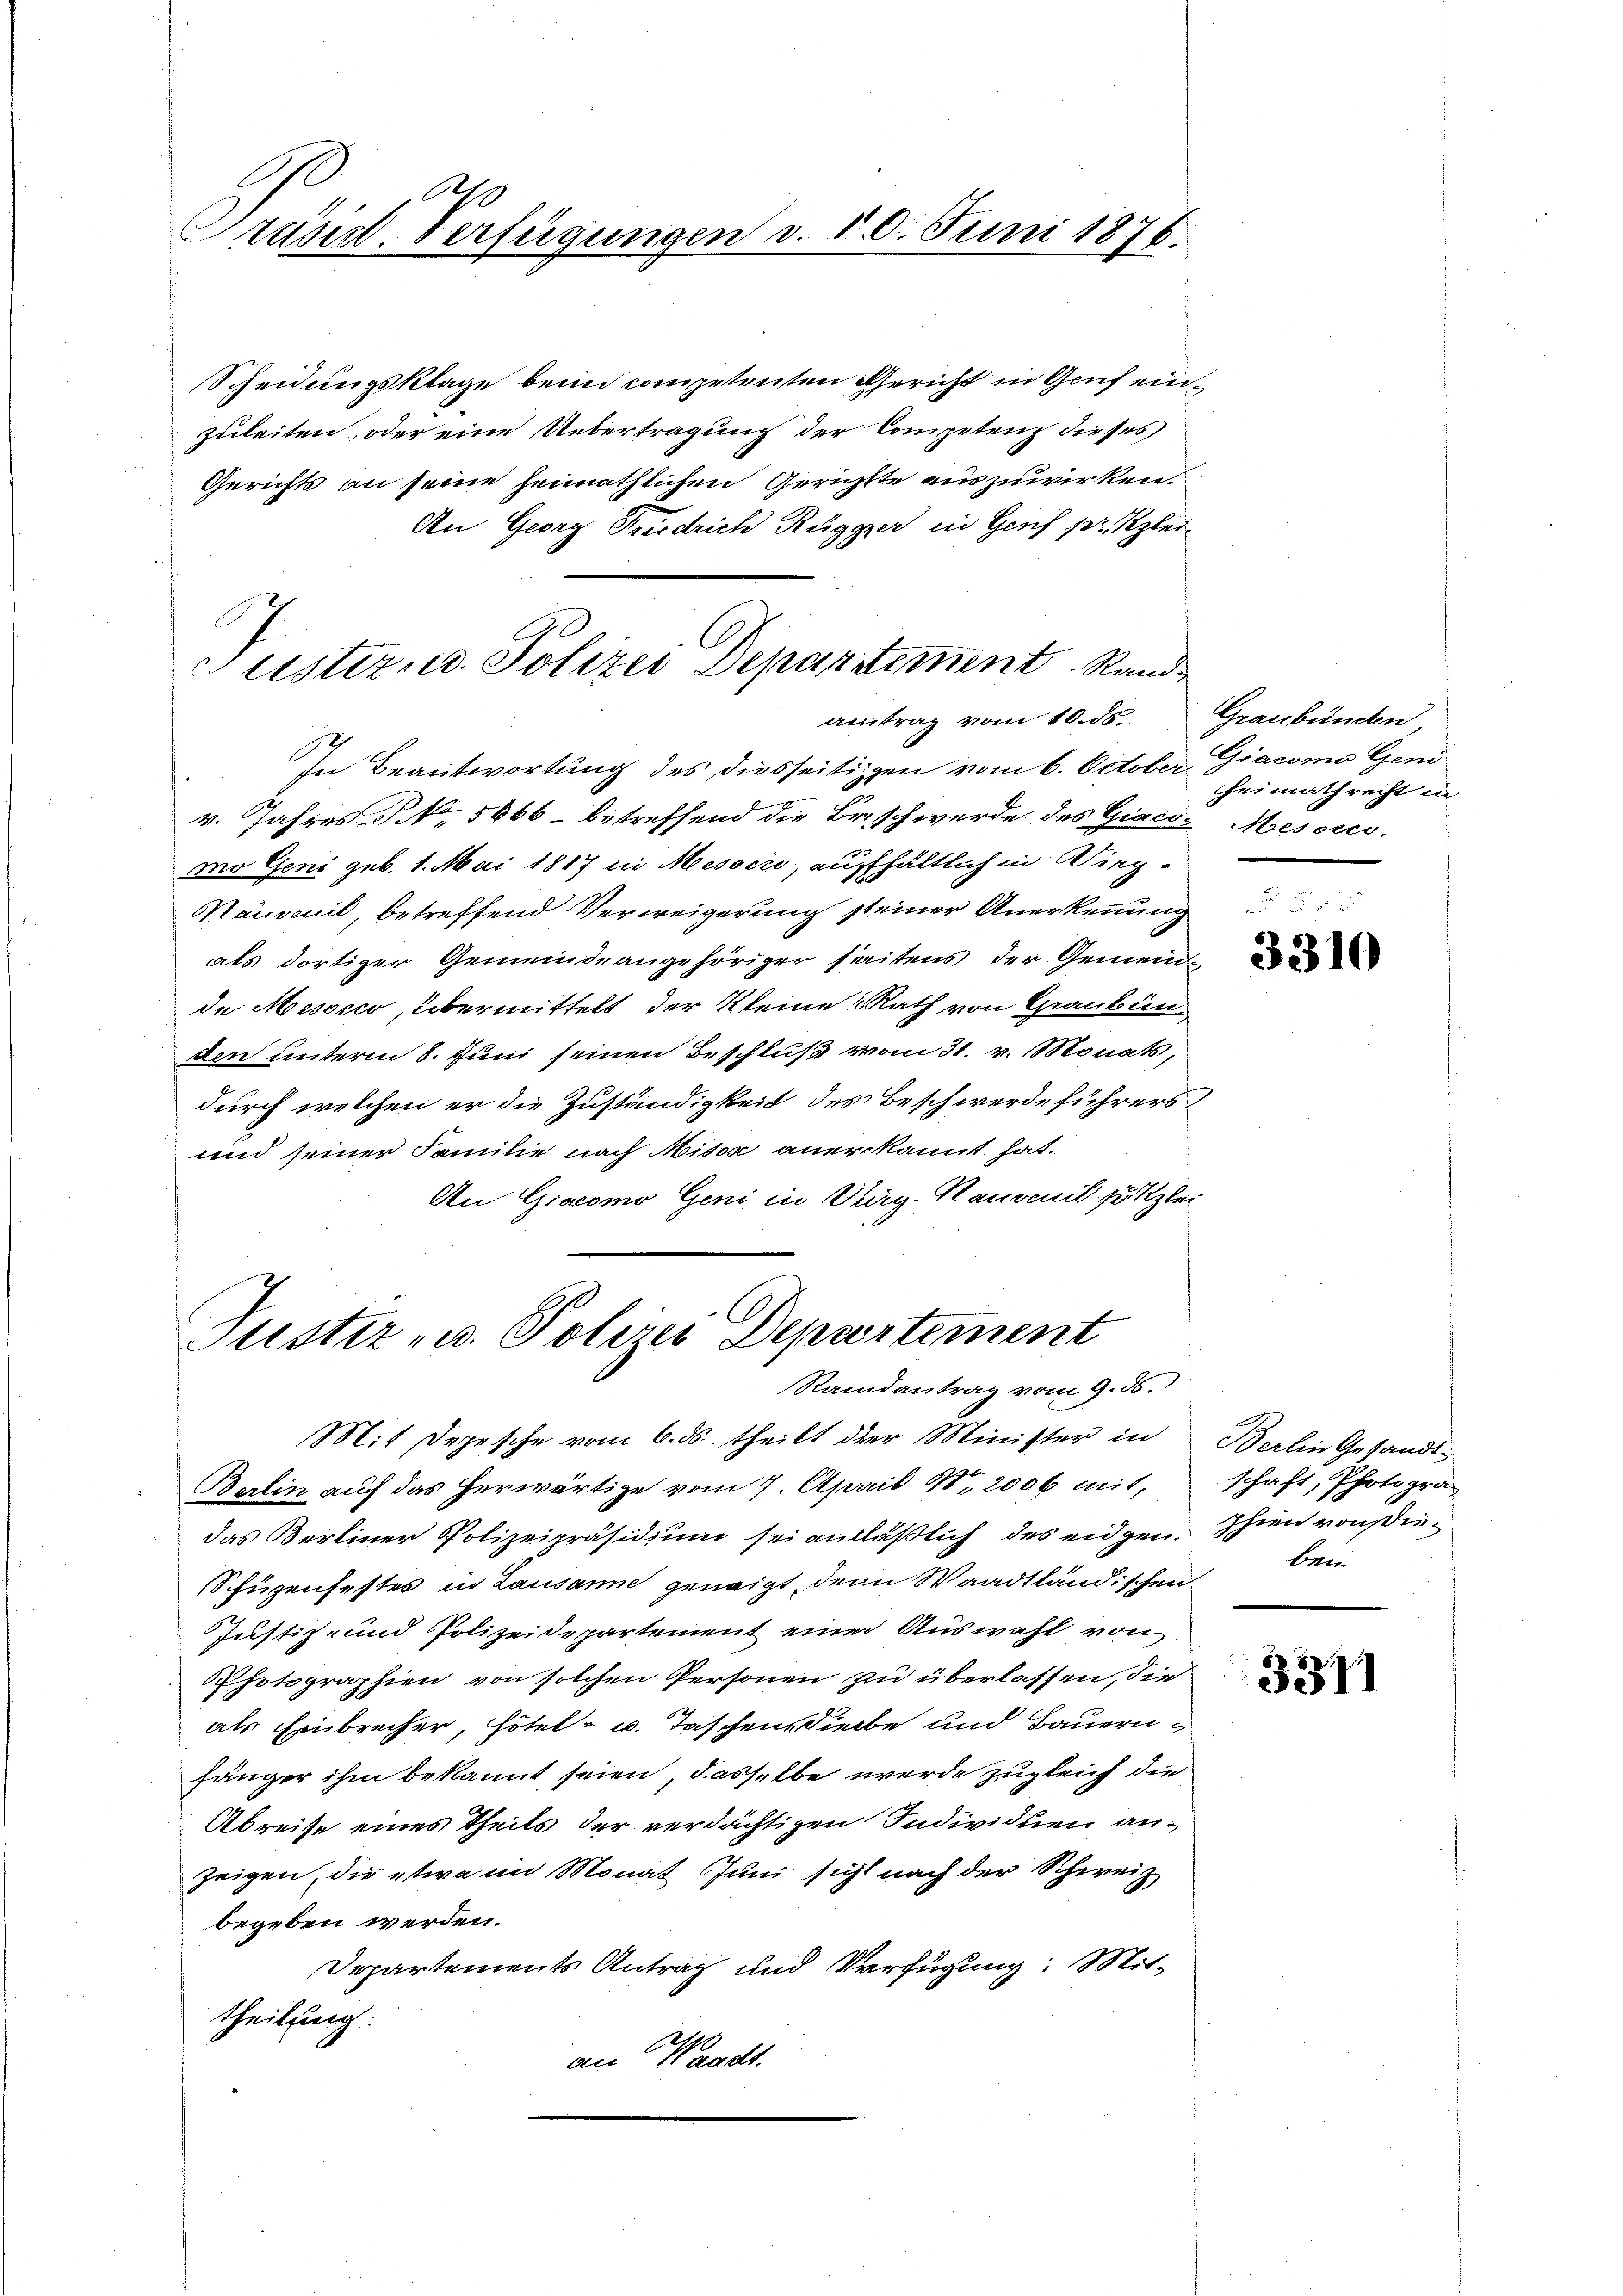
Präsid. Verfügungen v. 10. Juni 1876.

Scheidungsklage beim competenten Gericht in Genf einzuleiten, oder eine Uebertragung der Competenz dieses
Gerichts an seine heimathlichen Gerichtte auszuwirken.
An Georg Friedrich Rugger in Gens pr. Kleiantrag vom 10. ds. Graubünden,
In Beantwortung des diesseitigen vom 6. October Giacomo Geni
v. Jahres NNo. 5666 - betreffend die Beschwerde des Giaci- Messes.
mo Geni geb. 1. Mai 1817 in Mesocio, aufhältlich in Wieg-
Hauseil, betreffend Verweigerung steiner Anerkennung
als dortiger Gemeindeangehöriger seitens der Gemein-
de Mesocco, übermittelt der Kleine Rath von Graubün
den unterm 8. Juni seinen Beschluß vom 31. v. Monats,
durch welchen er die Zuständigkeit des Beschwerde führers
und seiner Familie nach Miter anerkannt hat.
An Giacomo Geni in Oberg-Kauvail putzlei

Justiz u. Polizei Departement Rand

Sistiz- u. Polizei Departement
Randantrag vom 9. ds.

Mit Depesche vom 6. ds. theilt der Minister in
Berlin auf das herwärtige vom 7. April 18, 2006 mit,
das Berliner Polizeipräsidium sei anläßlich des eidgen.
Schüzenfestes in Lausanne geneigt, den Waadtländischen
Justiz- und Polizeidepartement einer Auswahl von
Photographien von solchen Personen zu überlassen, die
als Einbrecher, Hotel- u. Taschen Siebe und Bauern
hänger ihm bekannt seien, dasselbe werde zugleich die
Abreise eines Theils der verdächtigen Individuen an-
zeigen, die etwa im Monat Juni sicht nach der Schweiz
begeben werden.
Departements Antrag und Verfügung: Mittheilung:
an Waadt.

heimathrecht in

3310

Berlin Gesandt
schaft, Photogrä¬
Ihren rousieben.

3371